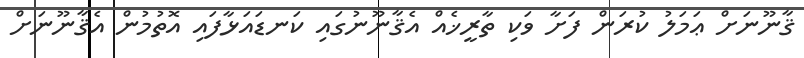
ޤާނޫނަށް ޢަމަލު ކުރަން ފަށާ ވަކި ތާރީޚެއް އެޤާނޫނުގައި ކަނޑައަޅާފައި އޮތުމުން އެޤާނޫނަށް